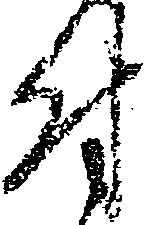
付